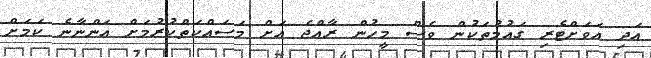
އަދި އަވަށްޓެރި ގައުމުތަކުން ވެސް މީހުން ރާއްޖެ އަށް މަސައްކަތްކުރުމަށް އަންނާނެ ކަމަށް